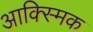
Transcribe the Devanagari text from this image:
आक्स्मिक